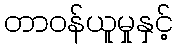
တာဝန်ယူမှုနှင့်